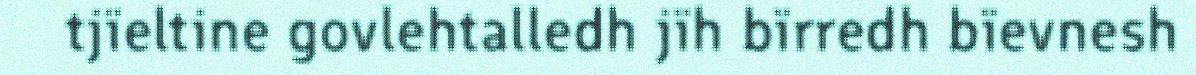
tjïeltine govlehtalledh jïh bïrredh bïevnesh